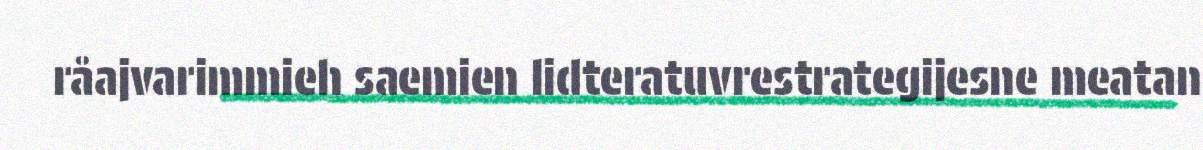
råajvarimmieh saemien lidteratuvrestrategijesne meatan